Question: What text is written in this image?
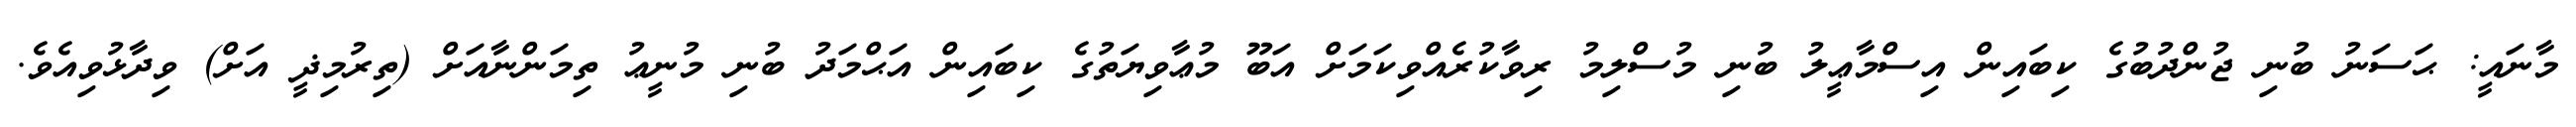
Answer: މާނައީ: ޙަސަނު ބުނި ޖުންދުބުގެ ކިބައިން އިސްމާޢީލު ބުނި މުސްލިމު ރިވާކުރެއްވިކަމަށް އަބޫ މުޢާވިޔަތުގެ ކިބައިން އަޙްމަދު ބުނި މުނީޢު ތިމަންނާއަށް (ތިރުމިޛީ އަށް) ވިދާޅުވިއެވެ.